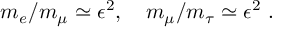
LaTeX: m _ { e } / m _ { \mu } \simeq \epsilon ^ { 2 } , \quad m _ { \mu } / m _ { \tau } \simeq \epsilon ^ { 2 } ~ .